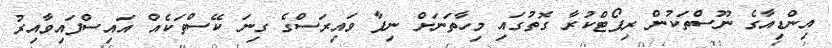
އިންޑިއާގެ ނޫސްތަކުން ރިޕޯޓްކުރާ ގޮތުގައި މިހާތަނަށް ނިފާ ވައިރަސްގެ ގިނަ ކޭސްތަކެއް އައިސްފައިވާއިރު